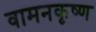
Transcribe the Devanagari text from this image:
वामनकृष्ण